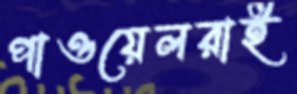
পাওয়েলরাই